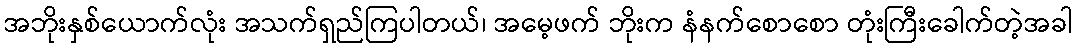
အဘိုးနှစ်ယောက်လုံး အသက်ရှည်ကြပါတယ်၊ အမေ့ဖက် ဘိုးက နံနက်စောစော တုံးကြီးခေါက်တဲ့အခါ